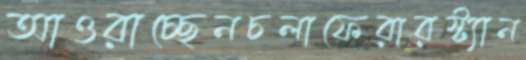
আওরাচ্ছেনচলাফেরারস্ট্যান